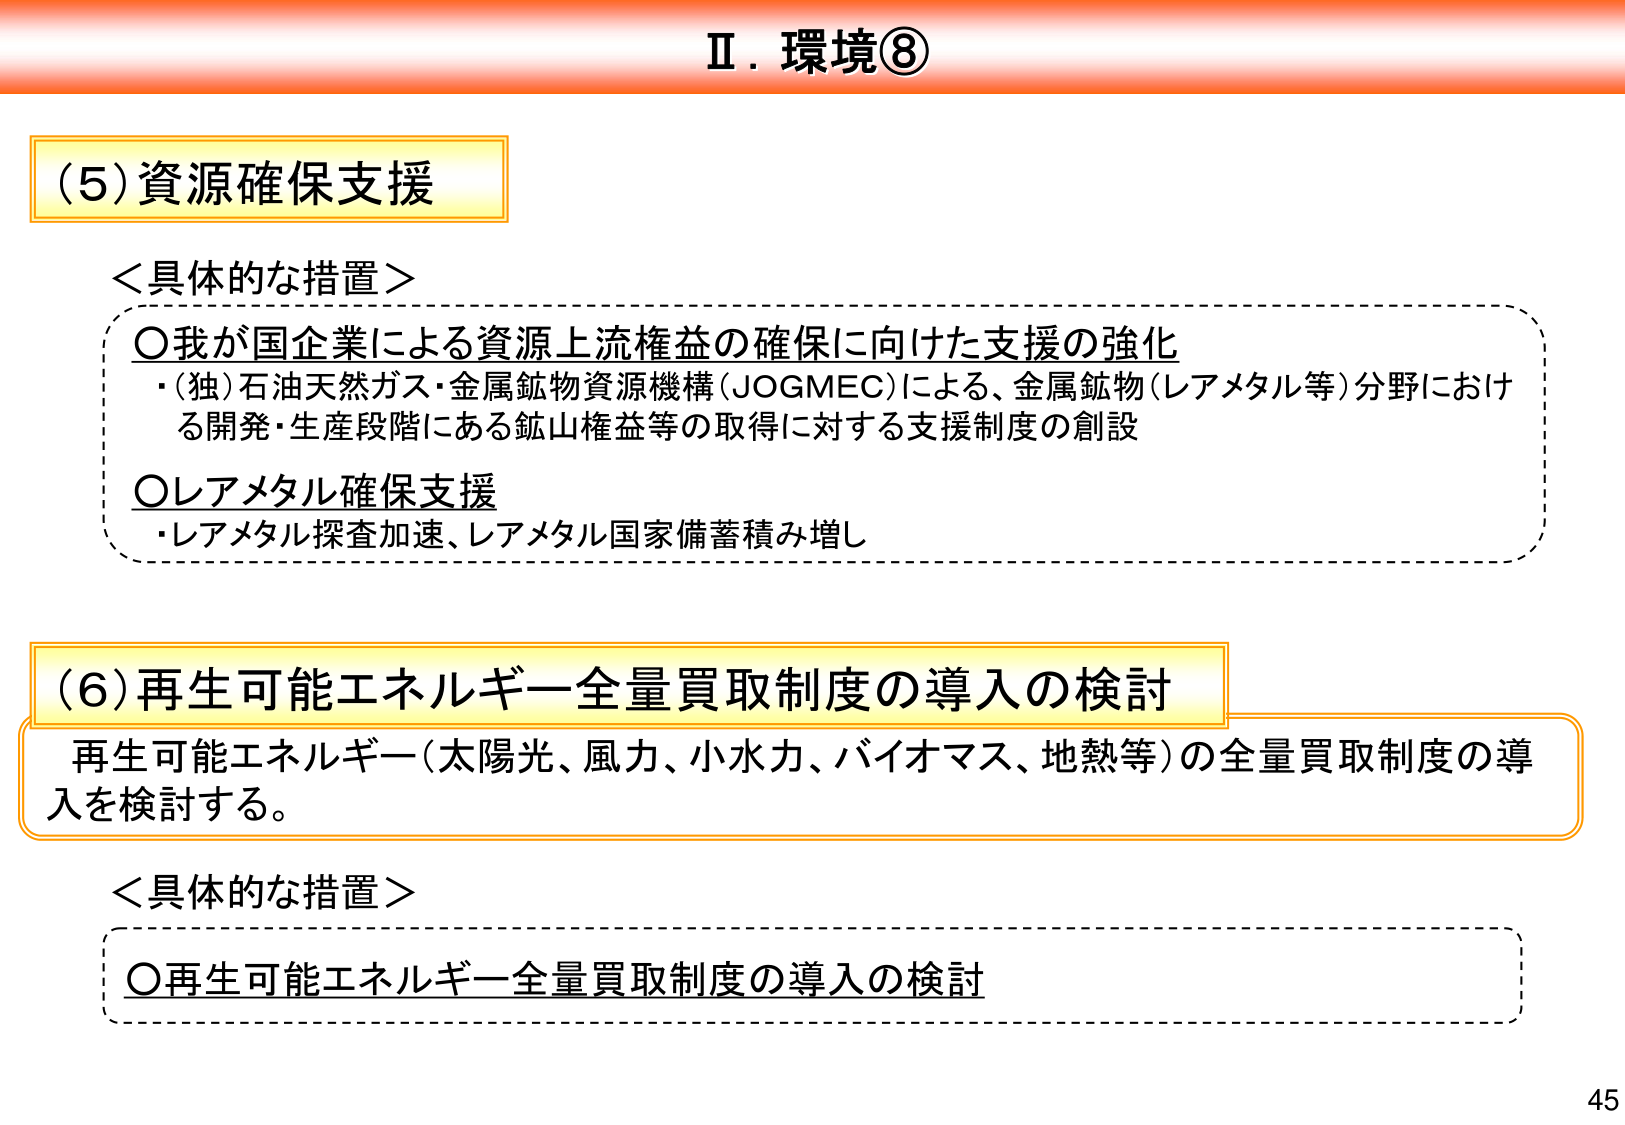
Ⅱ．環境⑧

（5）資源確保支援

＜具体的な措置＞
○我が国企業による資源上流権益の確保に向けた支援の強化
・（独）石油天然ガス・金属鉱物資源機構（JOGMEC）による、金属鉱物（レアメタル等）分野における開発・生産段階にある鉱山権益等の取得に対する支援制度の創設
○レアメタル確保支援
・レアメタル探査加速、レアメタル国家備蓄積み増し

（6）再生可能エネルギー全量買取制度の導入の検討
再生可能エネルギー（太陽光、風力、小水力、バイオマス、地熱等）の全量買取制度の導入を検討する。

＜具体的な措置＞
○再生可能エネルギー全量買取制度の導入の検討

45